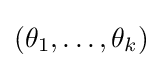
(\theta _{1},\ldots ,\theta _{k})